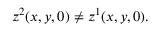
z ^ { 2 } ( x , y , 0 ) \neq z ^ { 1 } ( x , y , 0 ) .